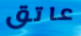
عاتق